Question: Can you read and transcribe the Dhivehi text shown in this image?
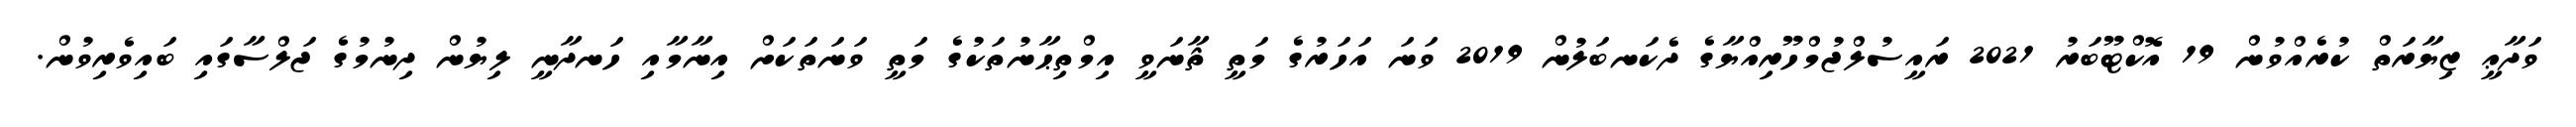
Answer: ވަދާޢީ ޒިޔާރަތް ކުރެއްވުން 19 އޮކްޓޫބަރު 2021 ރައީސުލްޖުމްހޫރިއްޔާގެ ދެކަނބަލުން 2019 ވަނަ އަހަރުގެ މަތީ ޘާނަވީ އިމްތިޙާނުތަކުގެ މަތީ ވަނަތަކަށް އިނާމާއި ހަނދާނީ ލިޔުން ދިނުމުގެ ޖަލްސާގައި ބައިވެރިވުން.